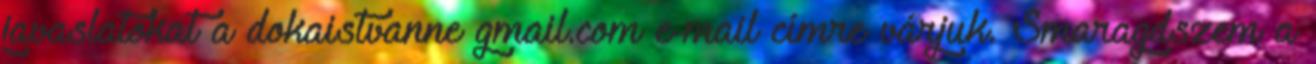
javaslatokat a dokaistvanne gmail.com e-mail címre várjuk. Smaragdszem a